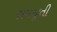
સમજૂતી